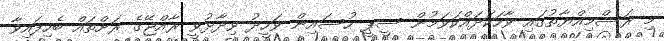
މި ރަސްމިއްޔާތުގައި ވާހަކަދައްކަވަމުން ސީޕީ ހުސައިން ވަހީދު ވިދާޅުވީ ރާއްޖޭގެ ރަށްތައް ބެހިފައިވާ